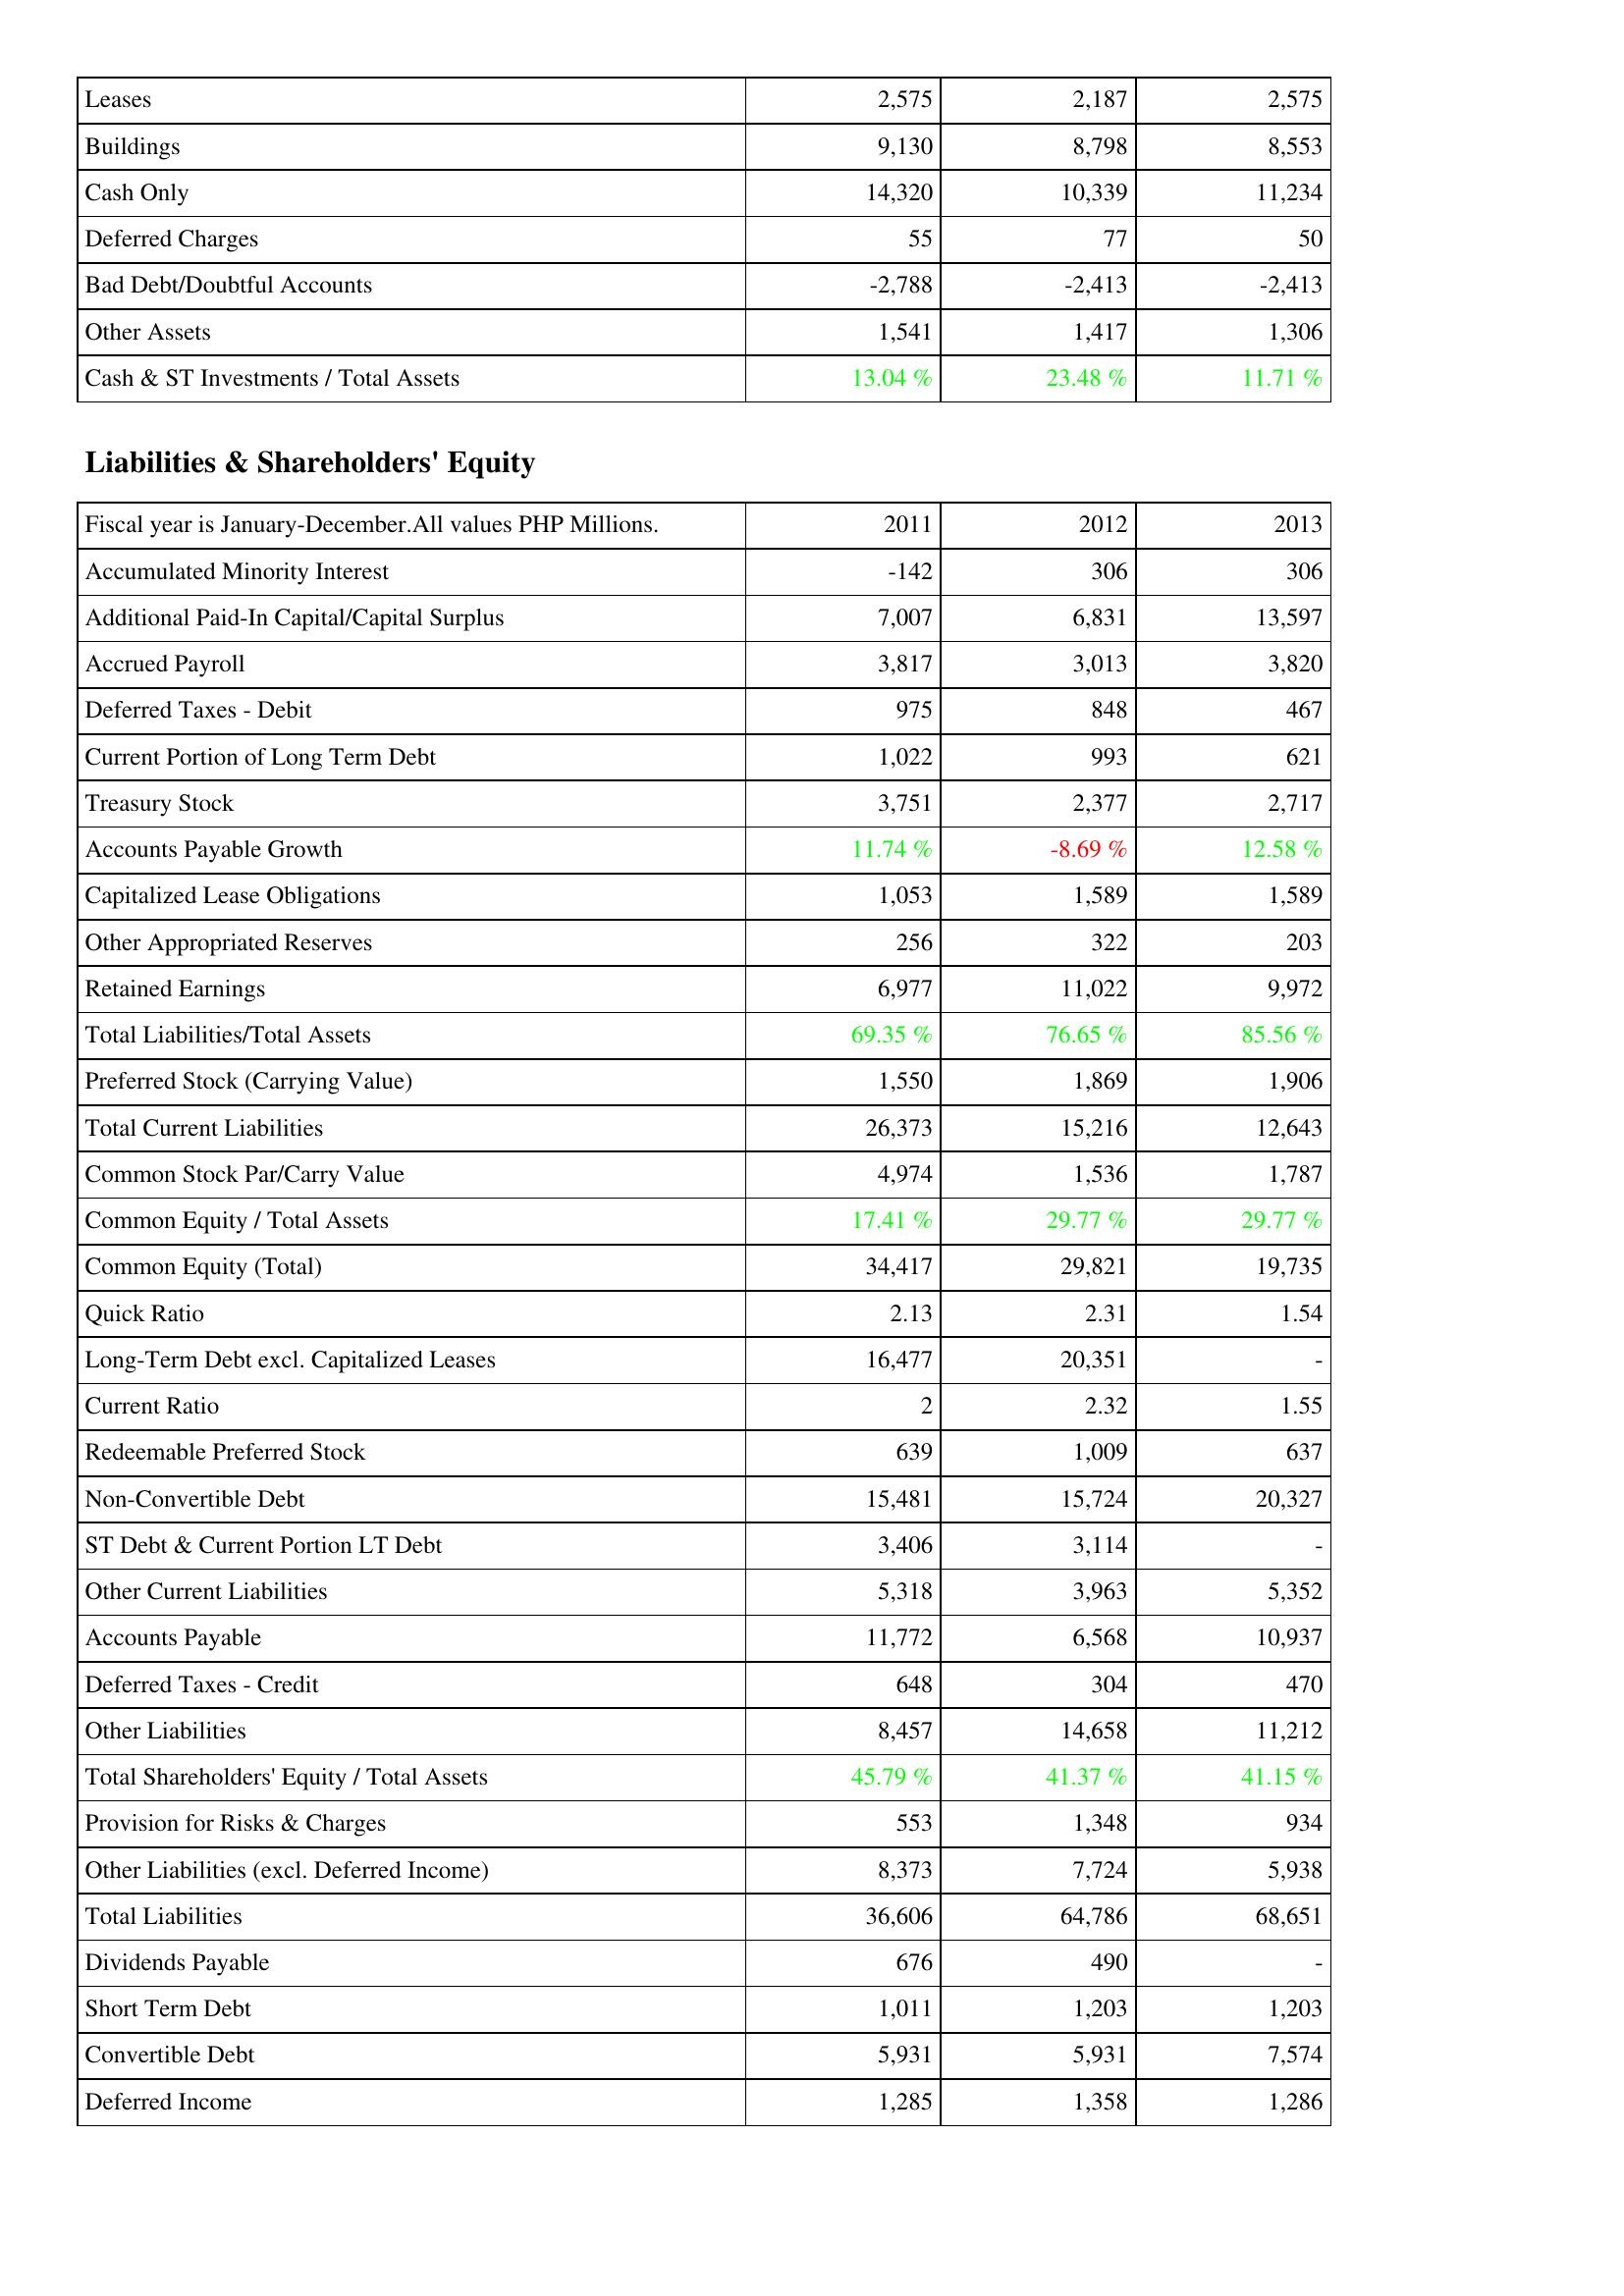
2011: Assets: Leases: 2,575
Buildings: 9,130
Cash Only: 14,320
Deferred Charges: 55
Bad Debt/Doubtful Accounts: -2,788
Other Assets: 1,541
Cash & ST Investments / Total Assets: 13.04 %
Liabilities & Shareholders' Equity: Accumulated Minority Interest: -142
Additional Paid-In Capital/Capital Surplus: 7,007
Accrued Payroll: 3,817
Deferred Taxes - Debit: 975
Current Portion of Long Term Debt: 1,022
Treasury Stock: 3,751
Accounts Payable Growth: 11.74 %
Capitalized Lease Obligations: 1,053
Other Appropriated Reserves: 256
Retained Earnings: 6,977
Total Liabilities/Total Assets: 69.35 %
Preferred Stock (Carrying Value): 1,550
Total Current Liabilities: 26,373
Common Stock Par/Carry Value: 4,974
Common Equity / Total Assets: 17.41 %
Common Equity (Total): 34,417
Quick Ratio: 2.13
Long-Term Debt excl. Capitalized Leases: 16,477
Current Ratio: 2
Redeemable Preferred Stock: 639
Non-Convertible Debt: 15,481
ST Debt & Current Portion LT Debt: 3,406
Other Current Liabilities: 5,318
Accounts Payable: 11,772
Deferred Taxes - Credit: 648
Other Liabilities: 8,457
Total Shareholders' Equity / Total Assets: 45.79 %
Provision for Risks & Charges: 553
Other Liabilities (excl. Deferred Income): 8,373
Total Liabilities: 36,606
Dividends Payable: 676
Short Term Debt: 1,011
Convertible Debt: 5,931
Deferred Income: 1,285
2012: Assets: Leases: 2,187
Buildings: 8,798
Cash Only: 10,339
Deferred Charges: 77
Bad Debt/Doubtful Accounts: -2,413
Other Assets: 1,417
Cash & ST Investments / Total Assets: 23.48 %
Liabilities & Shareholders' Equity: Accumulated Minority Interest: 306
Additional Paid-In Capital/Capital Surplus: 6,831
Accrued Payroll: 3,013
Deferred Taxes - Debit: 848
Current Portion of Long Term Debt: 993
Treasury Stock: 2,377
Accounts Payable Growth: -8.69 %
Capitalized Lease Obligations: 1,589
Other Appropriated Reserves: 322
Retained Earnings: 11,022
Total Liabilities/Total Assets: 76.65 %
Preferred Stock (Carrying Value): 1,869
Total Current Liabilities: 15,216
Common Stock Par/Carry Value: 1,536
Common Equity / Total Assets: 29.77 %
Common Equity (Total): 29,821
Quick Ratio: 2.31
Long-Term Debt excl. Capitalized Leases: 20,351
Current Ratio: 2.32
Redeemable Preferred Stock: 1,009
Non-Convertible Debt: 15,724
ST Debt & Current Portion LT Debt: 3,114
Other Current Liabilities: 3,963
Accounts Payable: 6,568
Deferred Taxes - Credit: 304
Other Liabilities: 14,658
Total Shareholders' Equity / Total Assets: 41.37 %
Provision for Risks & Charges: 1,348
Other Liabilities (excl. Deferred Income): 7,724
Total Liabilities: 64,786
Dividends Payable: 490
Short Term Debt: 1,203
Convertible Debt: 5,931
Deferred Income: 1,358
2013: Assets: Leases: 2,575
Buildings: 8,553
Cash Only: 11,234
Deferred Charges: 50
Bad Debt/Doubtful Accounts: -2,413
Other Assets: 1,306
Cash & ST Investments / Total Assets: 11.71 %
Liabilities & Shareholders' Equity: Accumulated Minority Interest: 306
Additional Paid-In Capital/Capital Surplus: 13,597
Accrued Payroll: 3,820
Deferred Taxes - Debit: 467
Current Portion of Long Term Debt: 621
Treasury Stock: 2,717
Accounts Payable Growth: 12.58 %
Capitalized Lease Obligations: 1,589
Other Appropriated Reserves: 203
Retained Earnings: 9,972
Total Liabilities/Total Assets: 85.56 %
Preferred Stock (Carrying Value): 1,906
Total Current Liabilities: 12,643
Common Stock Par/Carry Value: 1,787
Common Equity / Total Assets: 29.77 %
Common Equity (Total): 19,735
Quick Ratio: 1.54
Long-Term Debt excl. Capitalized Leases: -
Current Ratio: 1.55
Redeemable Preferred Stock: 637
Non-Convertible Debt: 20,327
ST Debt & Current Portion LT Debt: -
Other Current Liabilities: 5,352
Accounts Payable: 10,937
Deferred Taxes - Credit: 470
Other Liabilities: 11,212
Total Shareholders' Equity / Total Assets: 41.15 %
Provision for Risks & Charges: 934
Other Liabilities (excl. Deferred Income): 5,938
Total Liabilities: 68,651
Dividends Payable: -
Short Term Debt: 1,203
Convertible Debt: 7,574
Deferred Income: 1,286